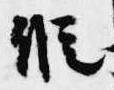
假